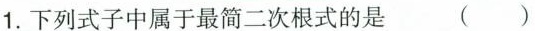
1. 下列式子中属于最简二次根式的是 ()